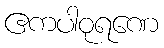
ဧကပါဝုရဏေ